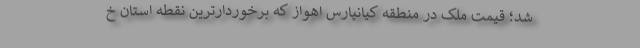
شد؛ قیمت ملک در منطقه کیانپارس اهواز که برخوردارترین نقطه استان خ